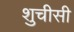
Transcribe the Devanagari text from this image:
शुचीसी